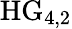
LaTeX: \mathrm{HG}_{4,2}